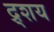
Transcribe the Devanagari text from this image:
द्र्शय